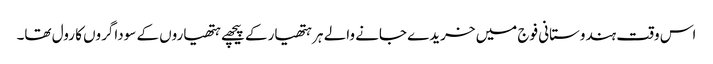
اس وقت ہندوستانی فوج میں خریدے جانے والے ہر ہتھیار کے پیچھے ہتھیاروں کے سوداگروں کا رول تھا۔